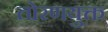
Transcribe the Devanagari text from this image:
तोरणयुक्त